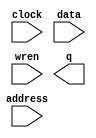
module MemRam (
	address,
	clock,
	data,
	wren,
	q);

	input	[6:0]  address;
	input	  clock;
	input	[15:0]  data;
	input	  wren;
	output	[15:0]  q;
`ifndef ALTERA_RESERVED_QIS
// synopsys translate_off
`endif
	tri1	  clock;
`ifndef ALTERA_RESERVED_QIS
// synopsys translate_on
`endif

endmodule